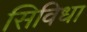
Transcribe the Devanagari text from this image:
सिविधा